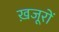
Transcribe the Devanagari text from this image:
ख़जूरों